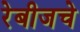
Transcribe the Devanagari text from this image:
रेबीजचे